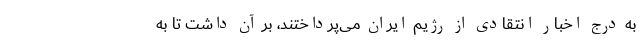
به درج اخبار انتقادی از رژیم ایران می‌پرداختند، بر آن داشت تا به